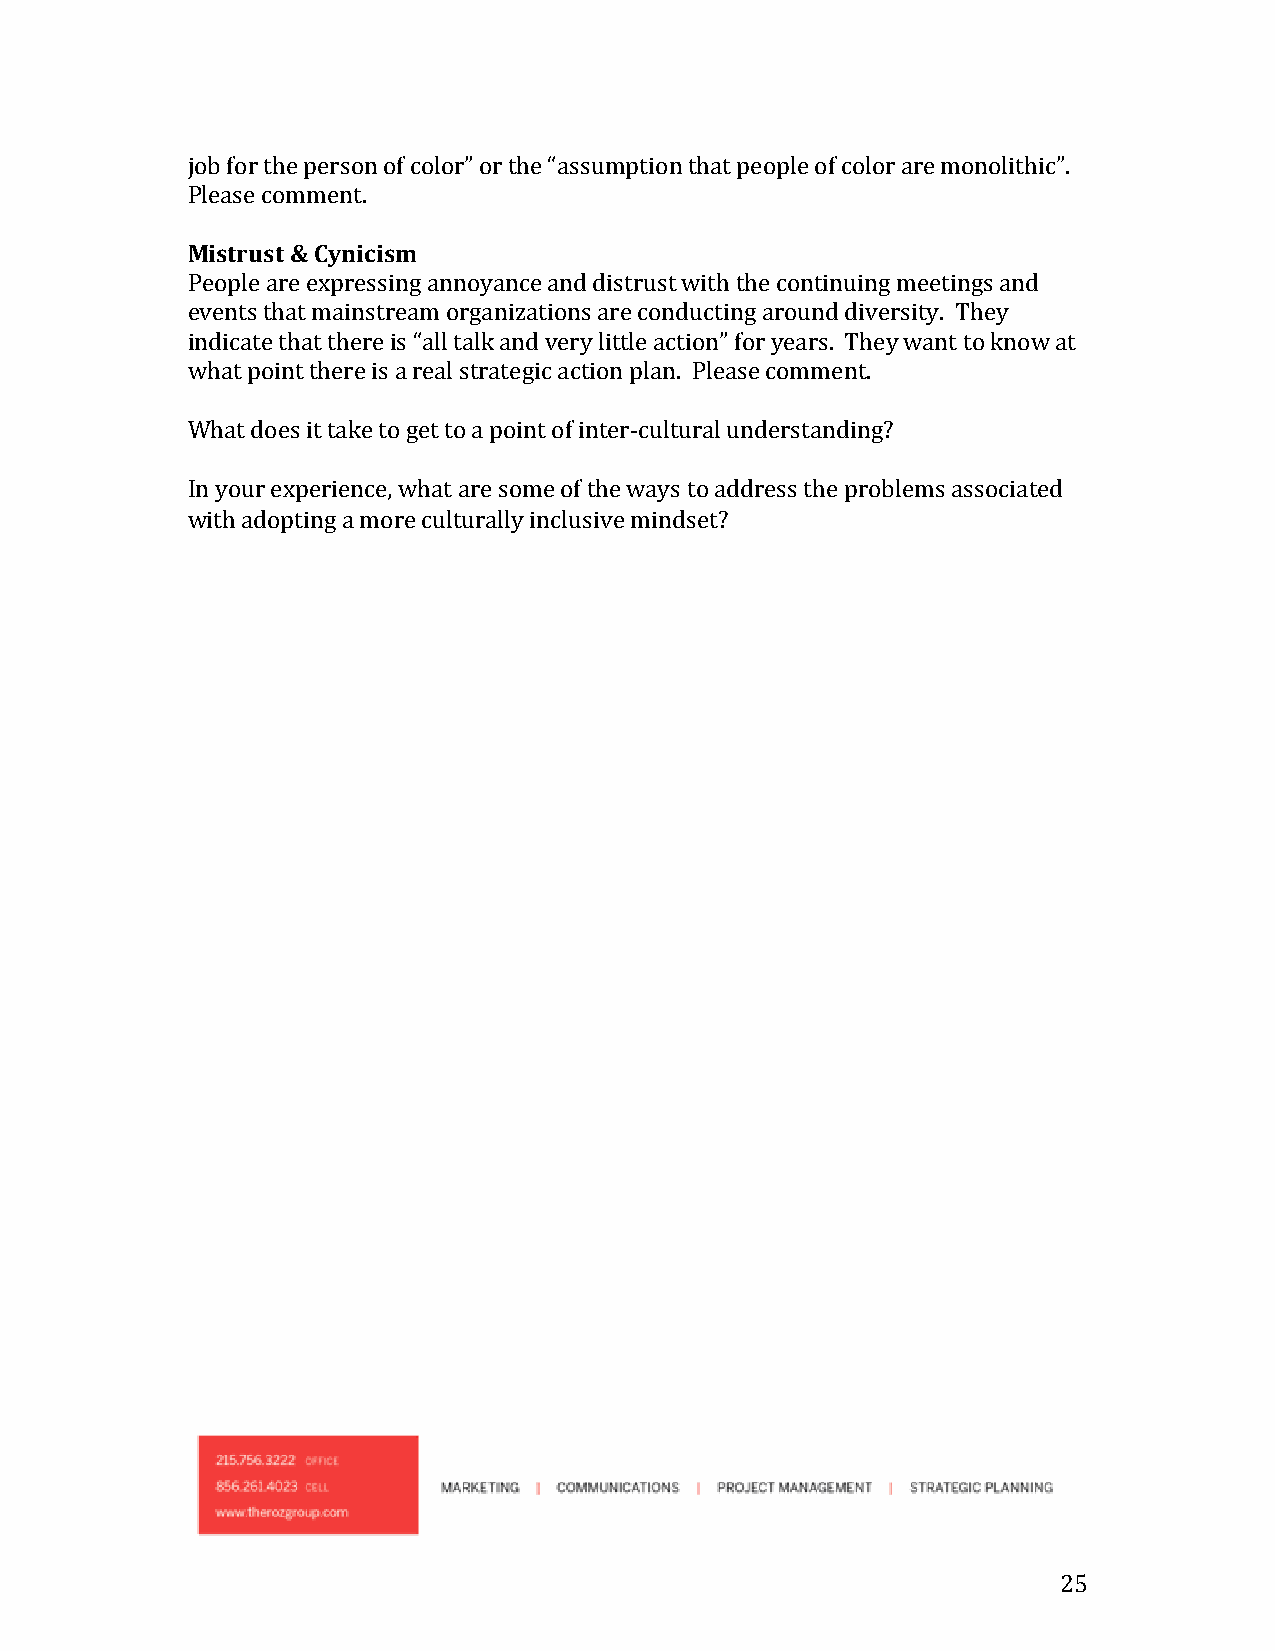
job for the person of color” or the “assumption that people of color are monolithic”.
 Please comment.
 Mistrust & Cynicism
 People are expressing annoyance and distrust with the continuing meetings and
 events that mainstream organizations are conducting around diversity. They
 indicate that there is “all talk and very little action” for years. They want to know at
 what point there is a real strategic action plan. Please comment.
 What does it take to get to a point of inter-cultural understanding?
 In your experience, what are some of the ways to address the problems associated
 with adopting a more culturally inclusive mindset?
 25